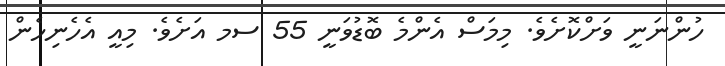
ހުންނަނީ ވަށްކޮށެވެ. މިމަސް އެންމެ ބޮޑުވަނީ 55 ސމ އަށެވެ. މިއީ އެހެނިހެން